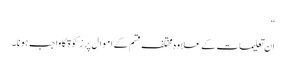
“
ان تعلیمات کے علاوہ مختلف قسم کے اموال پر زکوٰة کا واجب ہونا۔